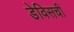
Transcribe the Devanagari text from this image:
डेविसची